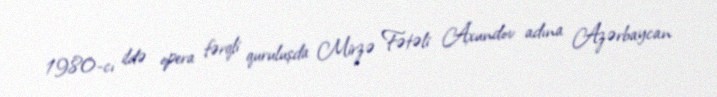
1980-cı ildə opera fərqli quruluşda Mirzə Fətəli Axundov adına Azərbaycan